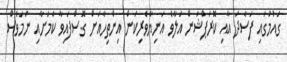
ގައުމުގައި ފަސާދަ އާއި ކޮރަޕްޝަން އަލާވެ އަނިޔާވެރިކަން އިންތިހާއަށް ގޮސްފައިވާ ކަމަށާއި ނަމަވެސް